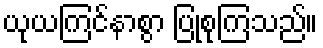
ယုယကြင်နာစွာ ပြုစုကြသည်။